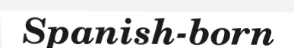
Spanish-born